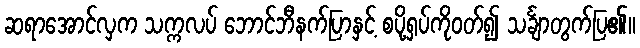
ဆရာအောင်လှက သက္ကလပ် ဘောင်ဘီနက်ပြာနှင့် စပို့ရှပ်ကိုဝတ်၍ သင်္ချာတွက်ပြ၏။